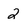
Character: 2